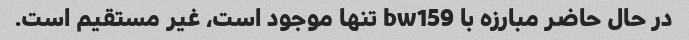
در حال حاضر مبارزه با bw159 تنها موجود است، غیر مستقیم است.